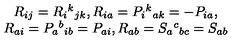
\begin{array} { c } { R _ { i j } = R _ { i } { } ^ { k } { } _ { j k } , R _ { i a } = P _ { i } { } ^ { k } { } _ { a k } = - P _ { i a } , } \\ { R _ { a i } = P _ { a } { } ^ { b } { } _ { i b } = P _ { a i } , R _ { a b } = S _ { a } { } ^ { c } { } _ { b c } = S _ { a b } } \\ \end{array}